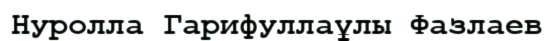
Нуролла Гарифуллаұлы Фазлаев